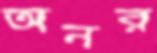
অনর